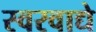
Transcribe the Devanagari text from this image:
स्वरवाद्ये